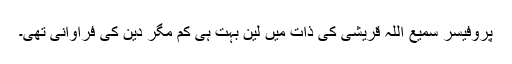
پروفیسر سمیع اللہ قریشی کی ذات میں لین بہت ہی کم مگر دین کی فراوانی تھی۔